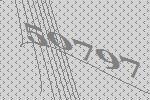
50797